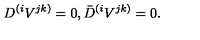
D ^ { ( i } V ^ { j k ) } = 0 , \bar { D } ^ { ( i } V ^ { j k ) } = 0 .